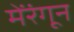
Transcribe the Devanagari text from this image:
मेंरंगून